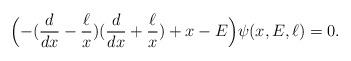
LaTeX: \begin{align*}\Bigl( -(\frac{d}{dx}-\frac{\ell}{x})(\frac{d}{dx}+\frac{\ell}{x}) +x-E \Bigr) \psi(x,E, \ell)=0 .\end{align*}